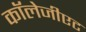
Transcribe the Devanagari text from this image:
कॉलेजीएट